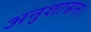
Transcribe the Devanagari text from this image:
अनुशासन।